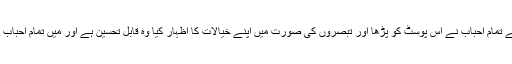
جس دلچسپی سے تمام احباب نے اس پوسٹ کو پڑھا اور تبصروں کی صورت میں اپنے خیالات کا اظہار کیا وہ قابل تحسین ہے اور میں تمام احباب کا مشکور ہوں ۔